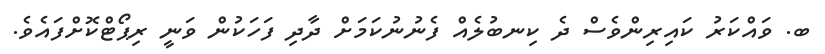
ބ. ވައްކަރު ކައިރިންވެސް ދެ ކިނބުލެއް ފެނުނުކަމަށް ދާދި ފަހަކުން ވަނީ ރިޕޯޓްކޮށްފައެވެ.